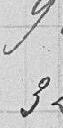
988 320